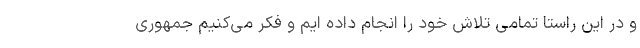
و در این راستا تمامی تلاش خود را انجام داده ایم و فکر می‌کنیم جمهوری